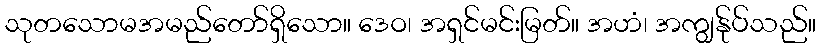
သုတသောမအမည်တော်ရှိသော။ ဒေဝ၊ အရှင်မင်းမြတ်။ အဟံ၊ အကျွန်ုပ်သည်။